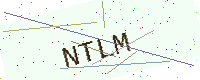
Text: NTLM